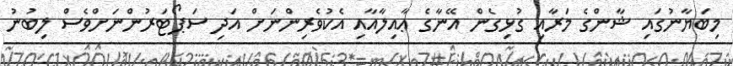
މިބަޔާނުގައި ޝާންގެ މަރާއި ގުޅިގެން އޭނާގެ ޢާއިލާއާއި އެކުވެރިންނަށް އަދި ސަޕޯޓަރުންނަށްވެސް ލިބުނު